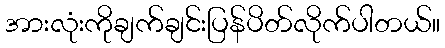
အားလုံးကိုချက်ချင်းပြန်ပိတ်လိုက်ပါတယ်။